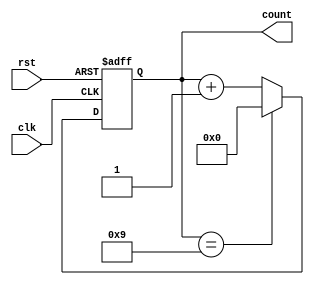
module bcd_counter (
    input wire clk,        // Clock input
    input wire rst,        // Reset input (active high)
    output reg [3:0] count // 4-bit output for the current count
);

// Always block triggered on the rising edge of the clock or when reset is asserted
always @(posedge clk or posedge rst) begin
    if (rst) begin
        // Asynchronous reset
        count <= 4'b0000; // Reset count to 0
    end else begin
        // Increment the count
        if (count == 4'b1001) begin
            count <= 4'b0000; // Roll over to 0 after reaching 9
        end else begin
            count <= count + 1; // Increment count
        end
    end
end

endmodule